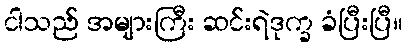
ငါသည် အများကြီး ဆင်းရဲဒုက္ခ ခံပြီးပြီ။